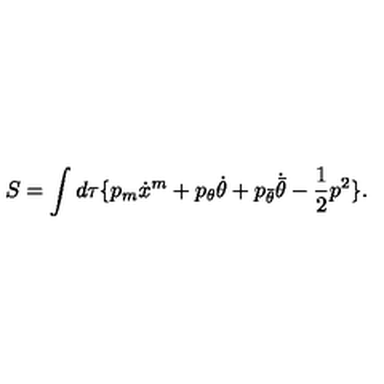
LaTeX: S = \int d \tau \{ p _ { m } \dot { x } ^ { m } + p _ { \theta } \dot { \theta } + p _ { \bar { \theta } } \dot { \bar { \theta } } - \frac 1 2 p ^ { 2 } \} .